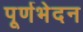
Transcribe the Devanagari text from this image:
पूर्णभेदन